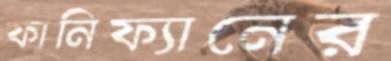
ফানিফ্যানের